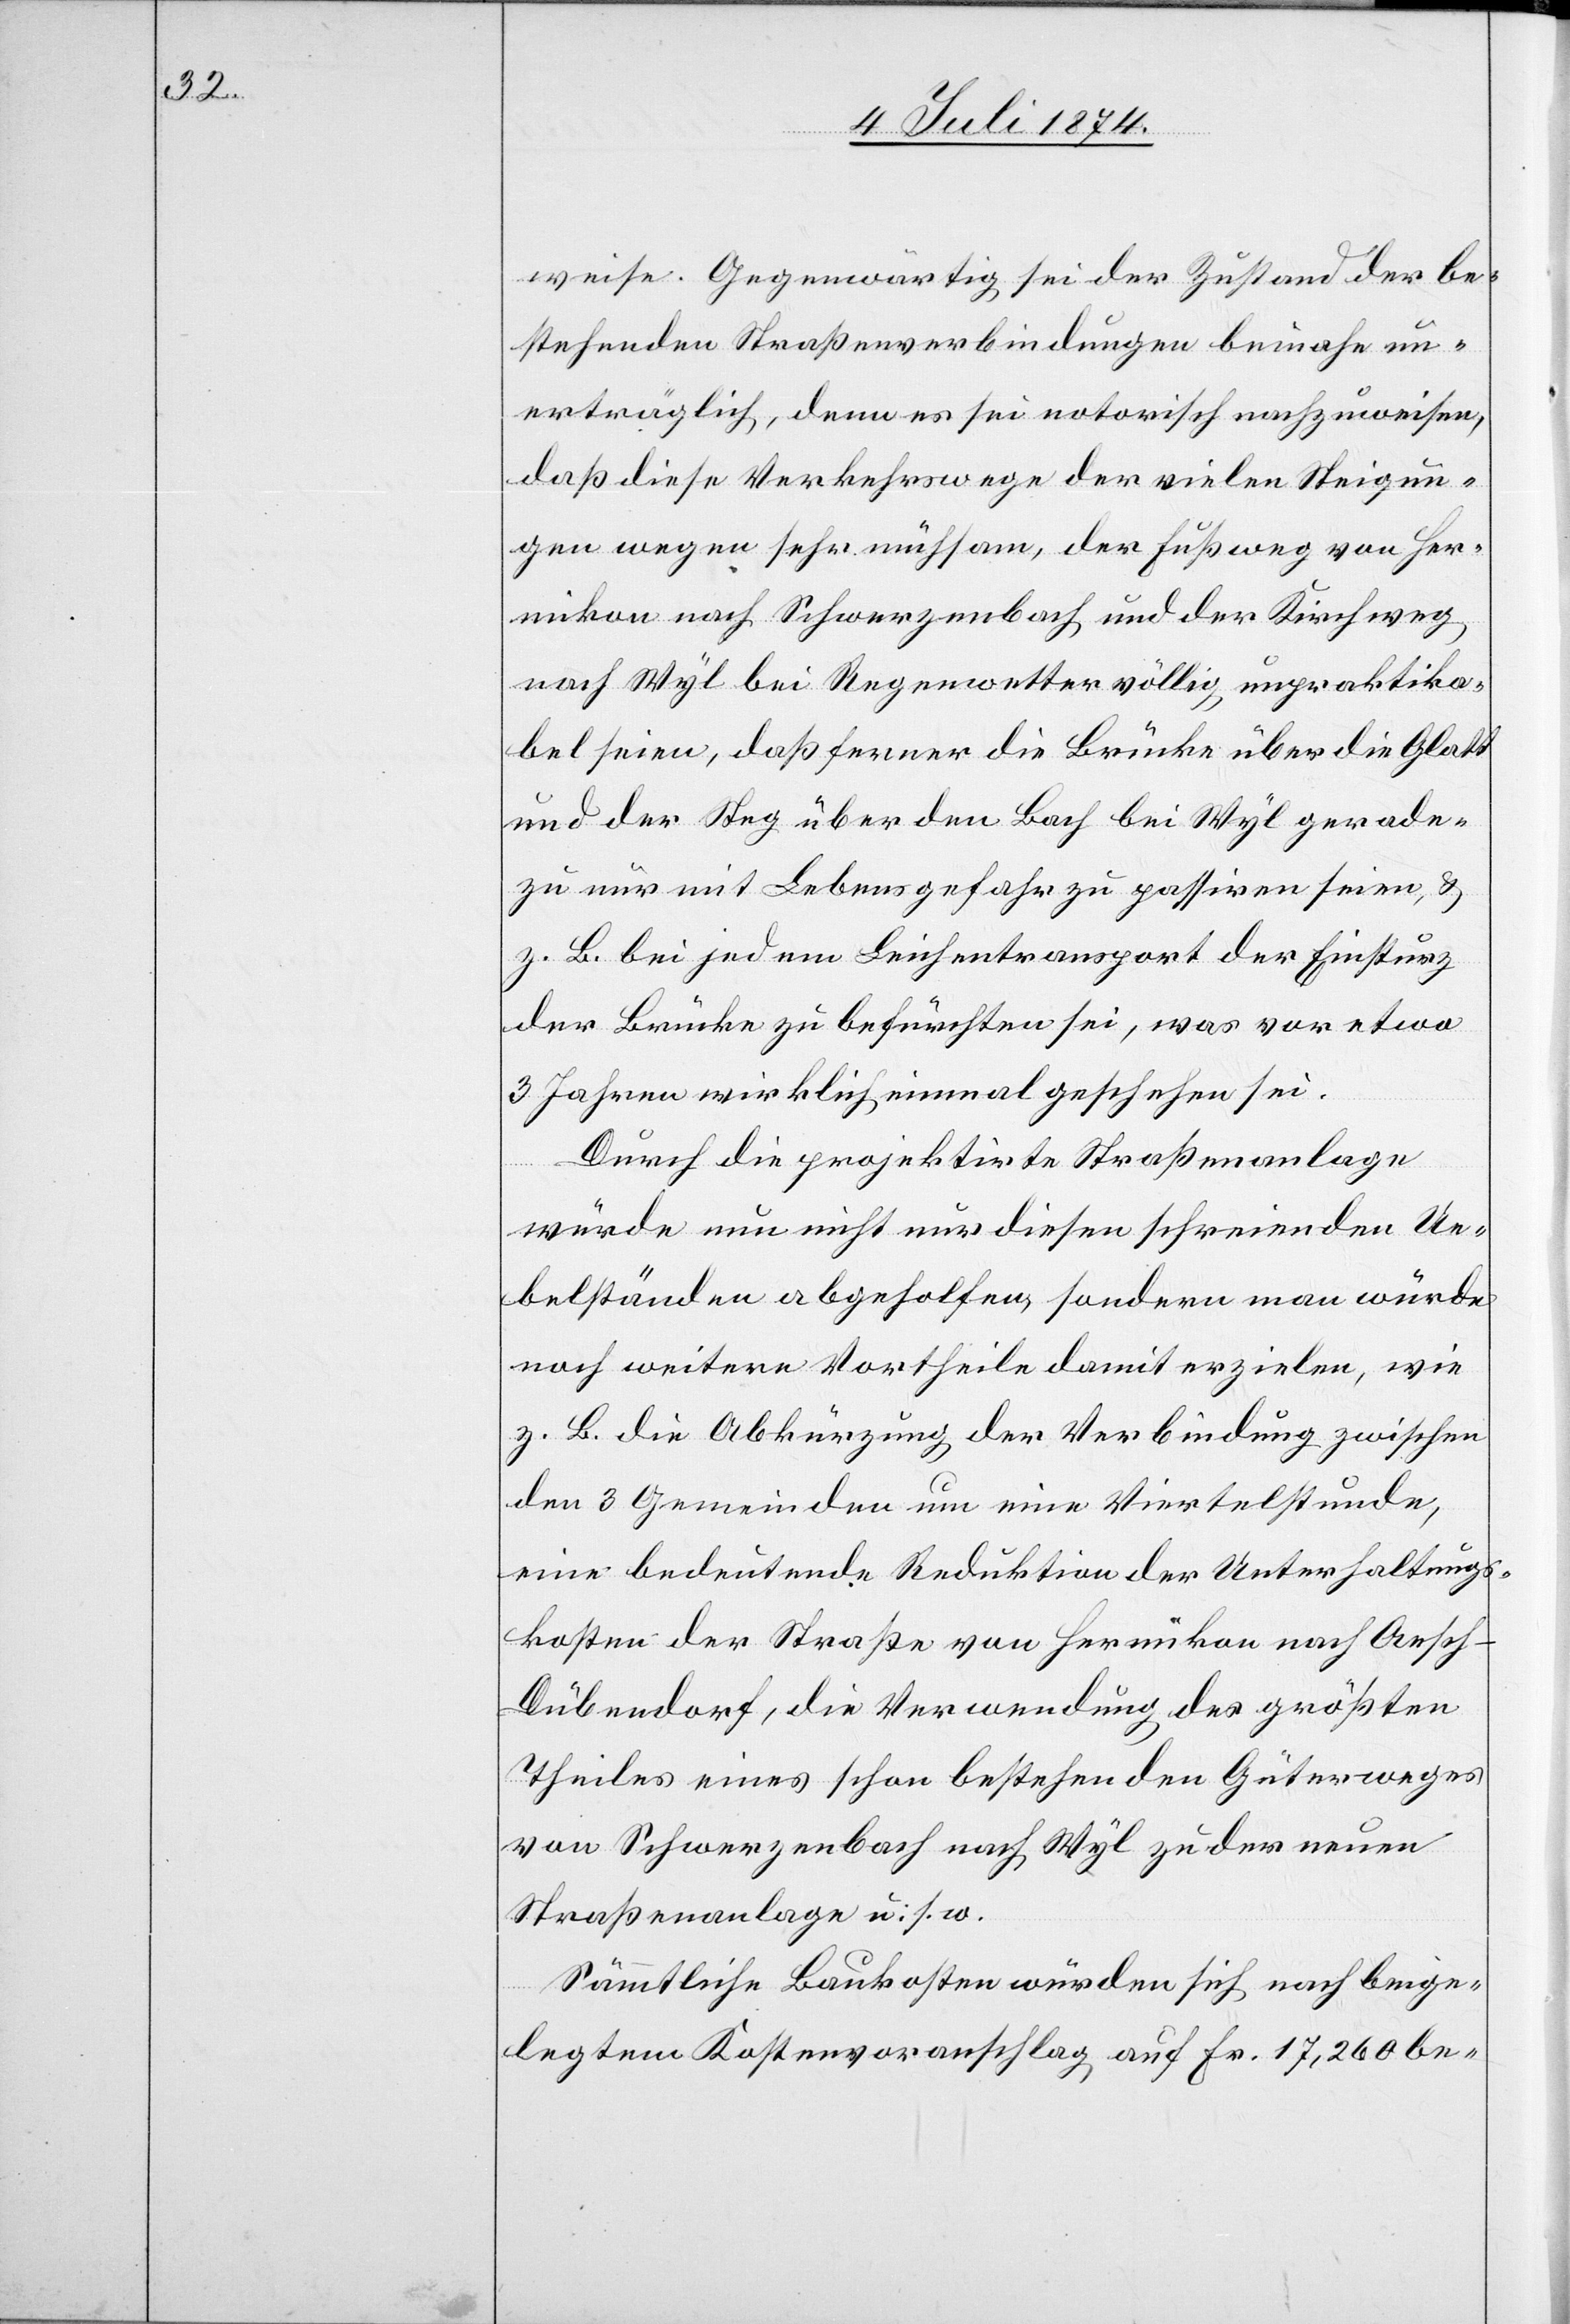
weise. Gegenwärtig sei der Zustand der be¬
stehenden Straßenverbindungen beinahe un¬
erträglich, denn es sei notorisch nachzuweisen,
daß diese Verkehrswege der vielen Steigun¬
gen wegen sehr mühsam, der Fußweg von Her¬
mikon nach Schwerzenbach und der Kirchweg
nach Wyl [sic!] bei Regenwetter völlig unpraktika¬
bel seien, daß ferner die Brücke über die Glatt
und der Steg über den Bach bei Wyl gerade¬
zu nur mit Lebensgefahr zu passiren seien, u.
z. B. bei jedem Leichentransport der Einsturz
der Brücke zu befürchten sei, was vor etwa
3 Jahren wirklich einmal geschehen sei.
Durch die projektirte Straßenanlage
würde nun nicht nur diesen schreienden Ue¬
belständen abgeholfen, sondern man würde
noch weitere Vortheile damit erzielen, wie
z. B. die Abkürzung der Verbindung zwischen
den 3 Gemeinden um eine Viertelstunde,
eine bedeutende Reduktion der Unterhaltungs¬
kosten der Straße von Hermikon nach Aesch-D¬
übendorf, die Verwendung des größten
Theiles eines schon bestehenden Güterweges
von Schwerzenbach nach Wyl zu der neuen
Straßenanlage u. s. w.
Sämmtliche Baukosten würden sich nach beige¬
legtem Kostenvoranschlag auf Fr. 17,260 be-